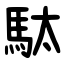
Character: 駄